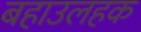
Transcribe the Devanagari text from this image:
बहाउलहक